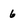
Character: 6